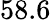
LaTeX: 58.6